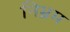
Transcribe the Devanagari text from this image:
निभ्रम